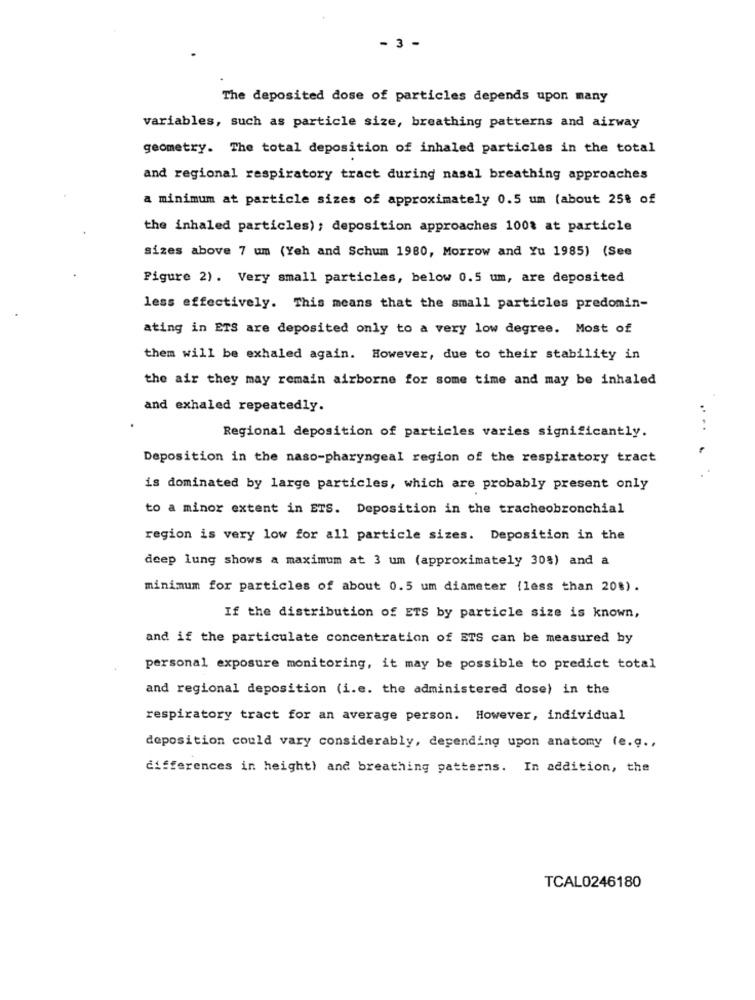
- 3 -
The deposited dose of particles depends upon many
variables, such as particle size, breathing patterns and airway
geometry. The total deposition of inhaled particles in the total
and regional respiratory tract during nasal breathing approaches
a minimum at particle sizes of approximately 0.5 um (about 25% of
the inhaled particles); deposition approaches 100% at particle
sizes above 7 um (Yeh and Schum 1980, Morrow and Yu 1985) (See
Figure 2). Very small particles, below 0.5 um, are deposited
less effectively. This means that the small particles predomin-
ating in ETS are deposited only to a very low degree. Most of
them will be exhaled again. However, due to their stability in
the air they may remain airborne for some time and may be inhaled
and exhaled repeatedly.
....
Regional deposition of particles varies significantly.
Deposition in the naso-pharyngeal region of the respiratory tract
is dominated by large particles, which are probably present only
to a minor extent in ETS. Deposition in the tracheobronchial
region is very low for all particle sizes. Deposition in the
deep lung shows a maximum at 3 um (approximately 308) and a
minimum for particles of about 0.5 um diameter (less than 20%).
If the distribution of ETS by particle size is known,
and if the particulate concentration of ETS can be measured by
personal exposure monitoring, it may be possible to predict total
and regional deposition (i.e. the administered dose) in the
respiratory tract for an average person. However, individual
deposition could vary considerably, depending upon anatomy (e.g .,
differences in height) and breathing patterns. In addition, the
TCAL0246180